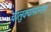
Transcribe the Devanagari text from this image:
चालुक्यासारख्या